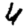
Digit: 4